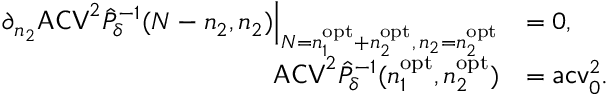
\begin{array} { r l } { \partial _ { n _ { 2 } } \mathsf { A C V } ^ { 2 } \hat { P } _ { \delta } ^ { - 1 } ( N - n _ { 2 } , n _ { 2 } ) \Big | _ { N = n _ { 1 } ^ { \mathrm { o p t } } + n _ { 2 } ^ { \mathrm { o p t } } , \, n _ { 2 } = n _ { 2 } ^ { \mathrm { o p t } } } } & { = 0 , } \\ { \mathsf { A C V } ^ { 2 } \hat { P } _ { \delta } ^ { - 1 } ( n _ { 1 } ^ { \mathrm { o p t } } , n _ { 2 } ^ { \mathrm { o p t } } ) } & { = \mathsf { a c v } _ { 0 } ^ { 2 } . } \end{array}